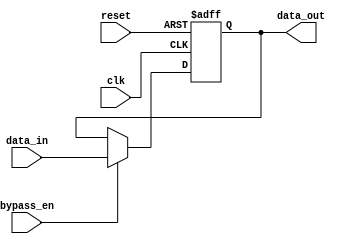
module Simple_Bypass_Register (
    input wire bypass_en,
    input wire clk,
    input wire reset,
    input wire data_in,
    output reg data_out
);

reg reg_data;

always @ (posedge clk or posedge reset) begin
    if (reset) begin
        reg_data <= 1'b0;
    end else begin
        if (bypass_en) begin
            reg_data <= data_in;
        end else begin
            reg_data <= reg_data;
        end
    end
end

assign data_out = reg_data;

endmodule